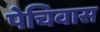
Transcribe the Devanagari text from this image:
पेचिवास